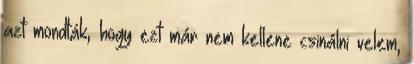
azt mondták, hogy ezt már nem kellene csinálni velem,